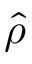
\hat { \rho }